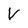
Character: V